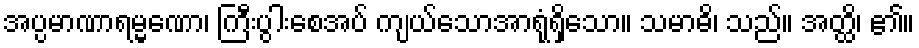
အပ္ပမာဏာရမ္မဏော၊ ကြီးပွါးစေအပ် ကျယ်သောအာရုံရှိသော။ သမာဓိ၊ သည်။ အတ္ထိ၊ ၏။